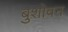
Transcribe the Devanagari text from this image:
बुशोवन